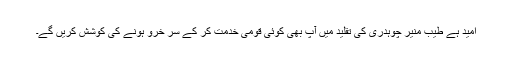
امید ہے طیب منیر چوہدری کی تقلید میں آپ بھی کوئی قومی خدمت کر کے سر خرو ہونے کی کوشش کریں گے۔